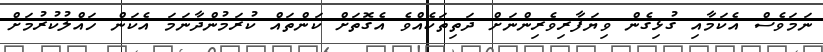
ނަމަވެސް އެކަމާއި ގުޅިގެން ވިޔަފާރިވެރިންނަށް ދަތިތަކެއްވެ އެގޮތަށް ކަންތައް ކުރަމުންދާނަމަ އެކަން ހައްލުކުރުމަށް